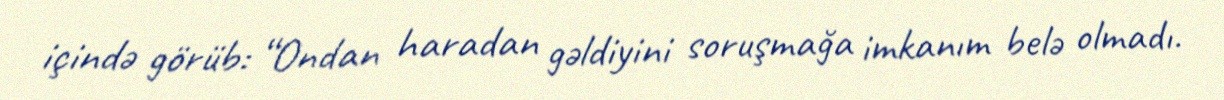
içində görüb: “Ondan haradan gəldiyini soruşmağa imkanım belə olmadı.